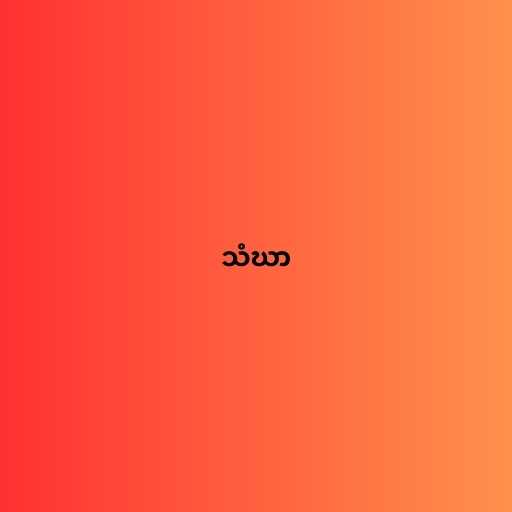
သံဃာ